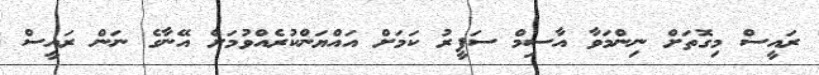
ރައީސް މިގޮތަށް ނިންމަވާ އާސިމް ސަފީރު ކަމަށް އައްޔަންކުރެއްވުމަށް އޭނާގެ ނަން ރަައީސް